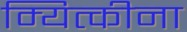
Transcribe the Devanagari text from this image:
म्यित्कीना